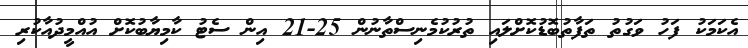
އެކަމަކު ފަހު ވަގުތު ތަފާތުބޮޑުކޮށްލައި ތުރުކުމެނިސްތާނުން 25-21 އިން ސެޓު ކާމިޔާބުކޮށް އުއްމީދުއާކުރި